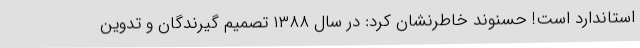
استاندارد است! حسنوند خاطرنشان کرد: در سال ۱۳۸۸ تصمیم گیرندگان و تدوین